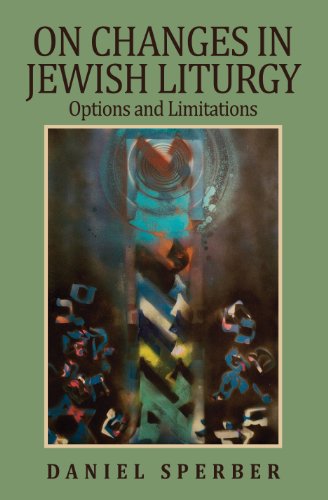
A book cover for On Changes in Jewish Liturgy: Options and Limitations; Daniel Sperber; Religion & Spirituality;